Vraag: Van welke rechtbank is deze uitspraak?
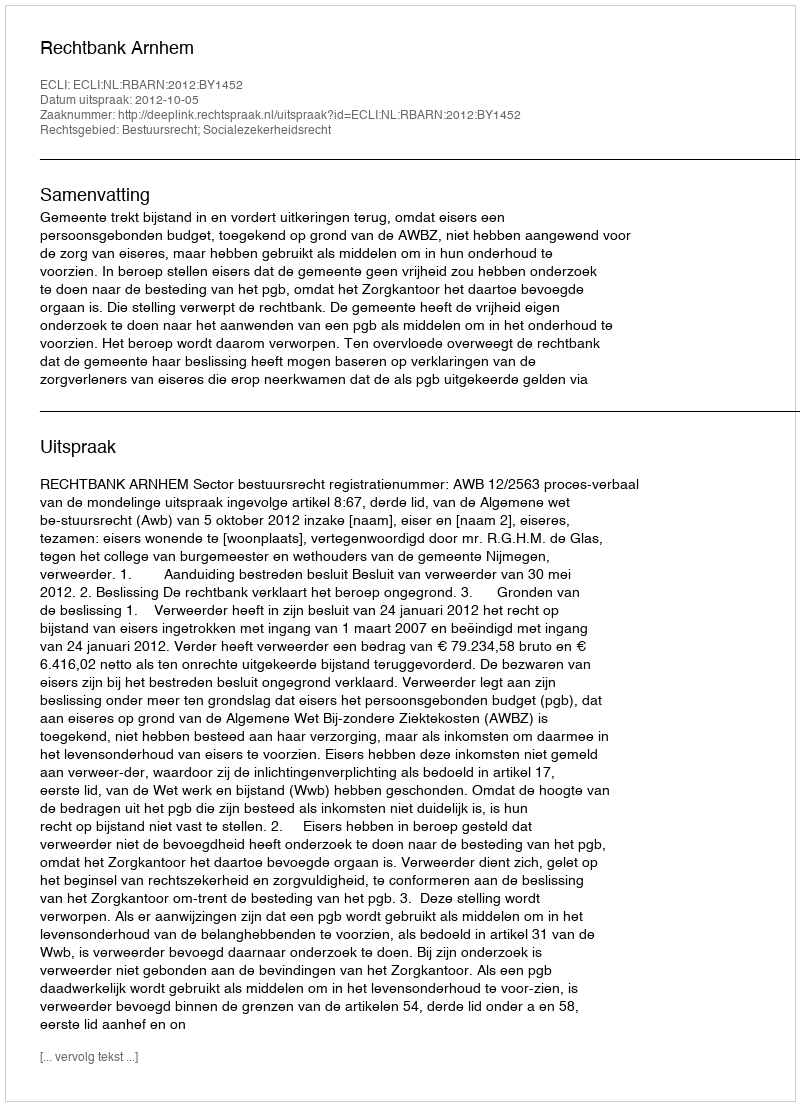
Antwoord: Rechtbank Arnhem